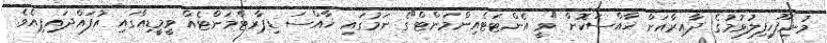
މުނިފޫހިފިލުވުމުގެ ދާއިރާއަށް ޚާއްސަކޮށް "ވީ އެންޓަޓެއިންމަންޓް"ގެ ނަމުގައި ޚާއްސަ ޑިޕާރޓްމަންޓެއް ވީމީޑިއާގައި އުފައްދައިފިއެވެ.